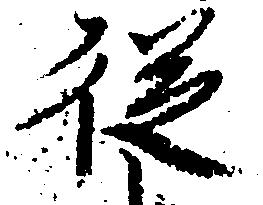
徒